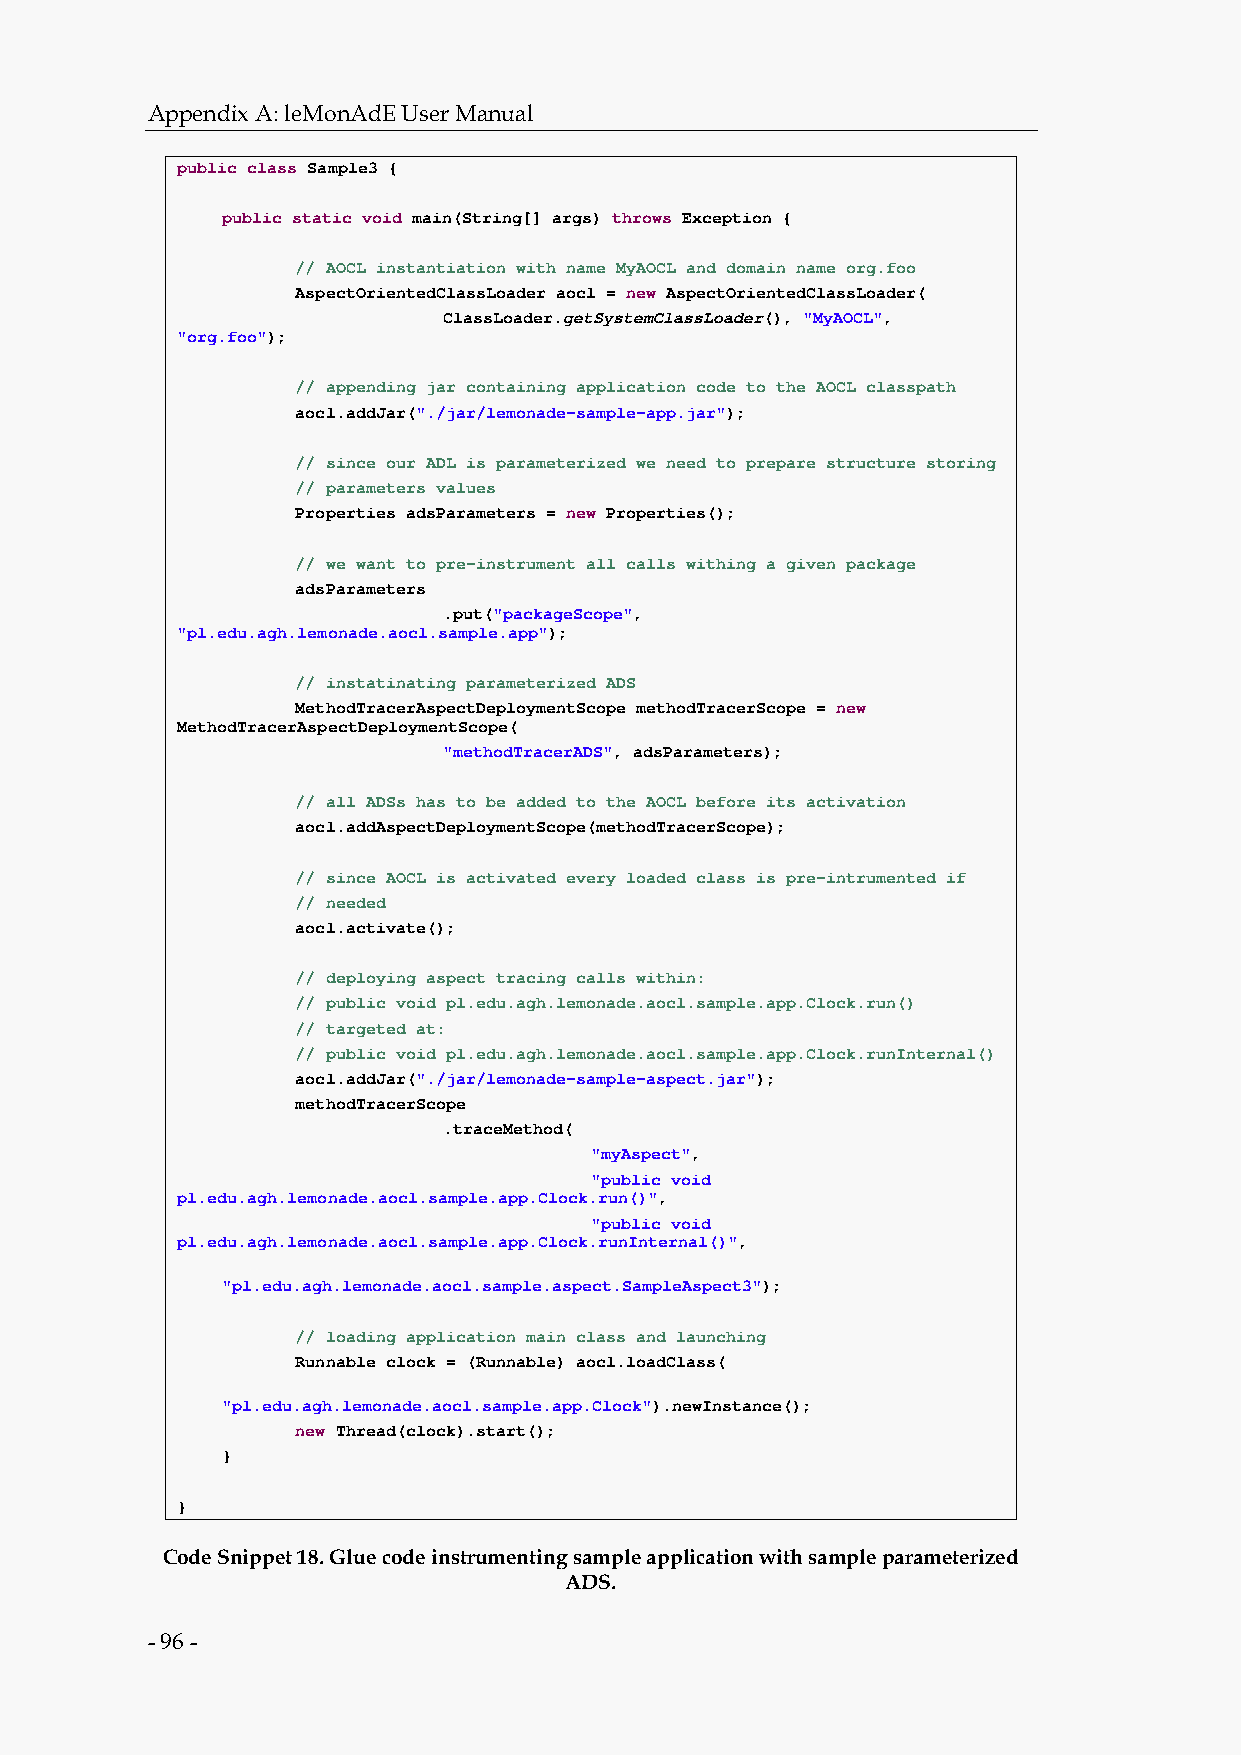
Appendix A: leMonAdE User Manual
 public class Sample3 {
 public static void main(String[] args) throws Exception {
 // AOCL instantiation with name MyAOCL and domain name org.foo
 AspectOrientedClassLoader aocl = new AspectOrientedClassLoader(
 ClassLoader.getSystemClassLoader(), "MyAOCL",
 "org.foo");
 // appending jar containing application code to the AOCL classpath
 aocl.addJar("./jar/lemonade-sample-app.jar");
 // since our ADL is parameterized we need to prepare structure storing
 // parameters values
 Properties adsParameters = new Properties();
 // we want to pre-instrument all calls withing a given package
 adsParameters
 .put("packageScope",
 "pl.edu.agh.lemonade.aocl.sample.app");
 // instatinating parameterized ADS
 MethodTracerAspectDeploymentScope methodTracerScope = new
 MethodTracerAspectDeploymentScope(
 "methodTracerADS", adsParameters);
 // all ADSs has to be added to the AOCL before its activation
 aocl.addAspectDeploymentScope(methodTracerScope);
 // since AOCL is activated every loaded class is pre-intrumented if
 // needed
 aocl.activate();
 // deploying aspect tracing calls within:
 // public void pl.edu.agh.lemonade.aocl.sample.app.Clock.run()
 // targeted at:
 // public void pl.edu.agh.lemonade.aocl.sample.app.Clock.runInternal()
 aocl.addJar("./jar/lemonade-sample-aspect.jar");
 methodTracerScope
 .traceMethod(
 "myAspect",
 "public void
 pl.edu.agh.lemonade.aocl.sample.app.Clock.run()",
 "public void
 pl.edu.agh.lemonade.aocl.sample.app.Clock.runInternal()",
 "pl.edu.agh.lemonade.aocl.sample.aspect.SampleAspect3");
 // loading application main class and launching
 Runnable clock = (Runnable) aocl.loadClass(
 "pl.edu.agh.lemonade.aocl.sample.app.Clock").newInstance();
 new Thread(clock).start();
 }
 }
 Code Snippet 18. Glue code instrumenting sample application with sample parameterized
 ADS.
 - 96 -